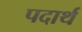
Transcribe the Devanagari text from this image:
पदार्थ